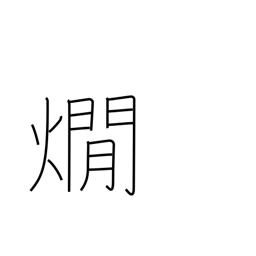
Meaning: warming sake